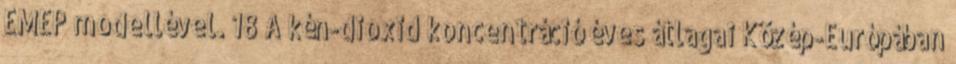
EMEP modellével. 18 A kén-dioxid koncentráció éves átlagai Közép-Európában